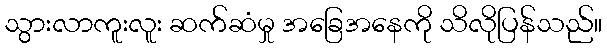
သွားလာကူးလူး ဆက်ဆံမှု အခြေအနေကို သိလိုပြန်သည်။